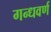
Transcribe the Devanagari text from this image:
गन्धवर्ण